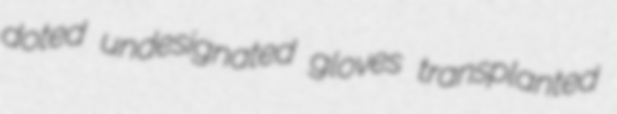
doted undesignated gloves transplanted